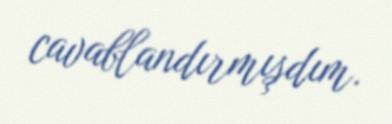
cavablandırmışdım.